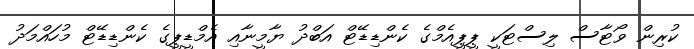
ކުރިން ވޯޓާސް ލިސްޓަކީ ޕީޕީއެމްގެ ކެންޑިޑޭޓް އަބްދު ޔާމީނާއި އެމްޑީޕީގެ ކެންޑިޑޭޓް މުހައްމަދު